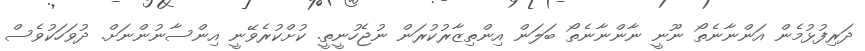
ދަރިފުޅުމެން އަންނާނެތޯ ނޫނީ ނާންނާނެތޯ ބަލަން އިންތިޒާރުކުރަން ނުޖެހުނީތީ. ކުށްކުރެވޭނީ އިންސާނުންނަށް. ދުވަހަކުވެސް